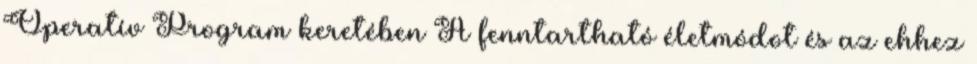
Operatív Program keretében A fenntartható életmódot és az ehhez